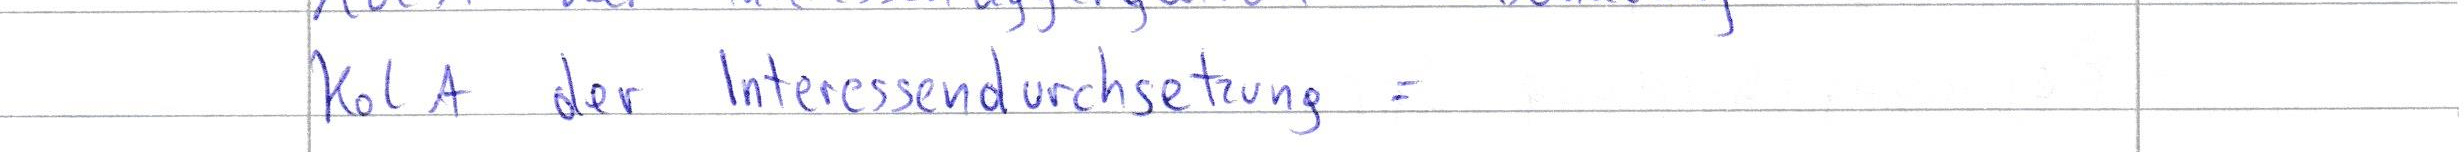
Kol A der Interessendurchsetzung =